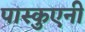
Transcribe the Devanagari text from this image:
पास्कुएनी